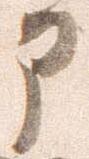
部